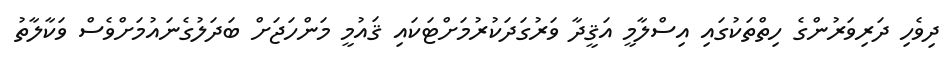
ދިވެހި ދަރިވަރުންގެ ހިތްތަކުގައި އިސްލާމީ އަޤީދާ ވަރުގަދަކުރުމަށްޓަކައި ޤައުމީ މަންހަޖަށް ބަދަލުގެނައުމަށްވެސް ވަކާލާތު